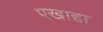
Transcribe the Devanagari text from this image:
एखाद्दा